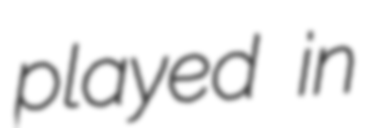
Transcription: played in